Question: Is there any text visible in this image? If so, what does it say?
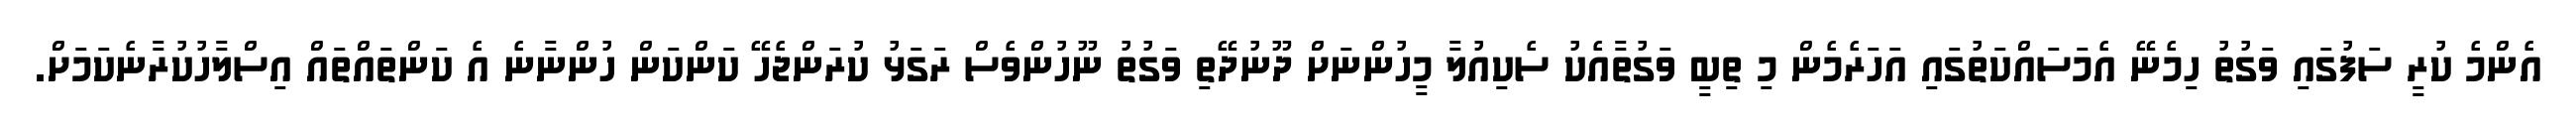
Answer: އެންމެ ކުރީ ސަފުގައި ވަގުތު ހިމެނޭ އެމަސައްކަތުގައި އަހަރެމެން މި ތިބީ ވަގުތާއެކު ސެކިއުލާ މީހުންނަށް ދޫނުދޭތި ވަގުތު ނޫހުންވެސް ރަގަޅު ކުރަންޖެހޭ ކަންކަން ހުންނާނެ އެ ކަންތައްތައް އިސްލާހުކުރާނެކަމަށް.